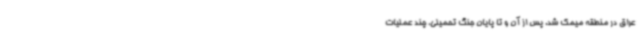
عراق در منطقه میمک شد. پس از آن و تا پایان جنگ تحمیلی، چند عملیات